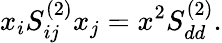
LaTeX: x_{i}S_{ij}^{(2)}x_{j}=x^{2}S_{dd}^{(2)}.